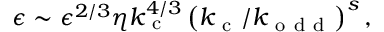
\epsilon \sim \epsilon ^ { 2 / 3 } \eta k _ { \mathrm { ~ c ~ } } ^ { 4 / 3 } \left( k _ { \mathrm { ~ c ~ } } / k _ { \mathrm { ~ o ~ d ~ d ~ } } \right) ^ { s } ,